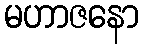
မဟာဇနော